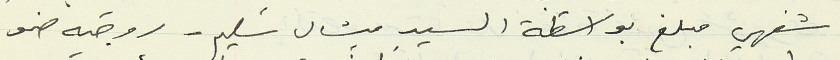
شفهي مبلغ بواسطة السيد ميشال سليم - روجيه ضو